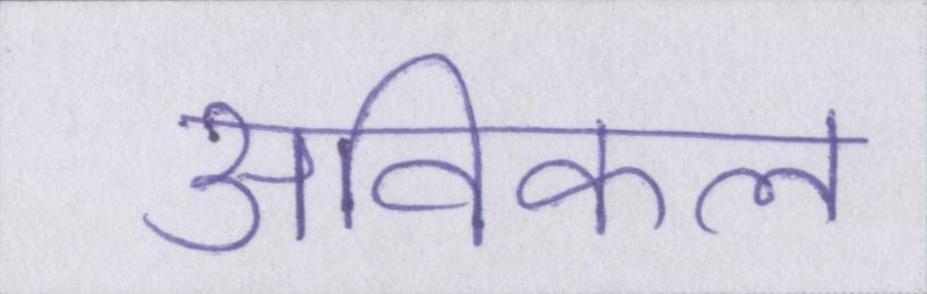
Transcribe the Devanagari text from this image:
अविकल